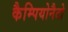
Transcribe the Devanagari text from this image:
कैम्पियोनैटो